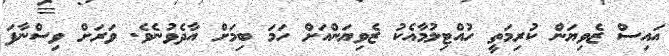
އައިސް ޒެވިޔަން ކުރިމަތީ ހުއްޓިލުމާއެކު ޒެވިޔަންއަށް ހަމަ ބިމަށް އާދެވުނެވެ. ވަރަށް ވިސްނާފަ